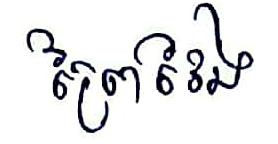
ព្រៃវែង